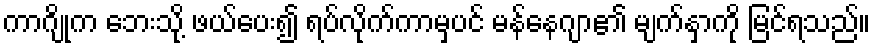
ကာဂျိုက ဘေးသို့ ဖယ်ပေး၍ ရပ်လိုက်ကာမှပင် မန်နေဂျာ၏ မျက်နှာကို မြင်ရသည်။